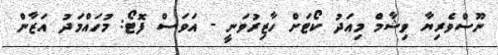
ނޫސްވެރިޔާ ވިޝާމް މިއަދު ކޯޓަށް ހާޒިރުވަނީ - އަވަސް ފޮޓޯ: މުހައްމަދު އަޒާން